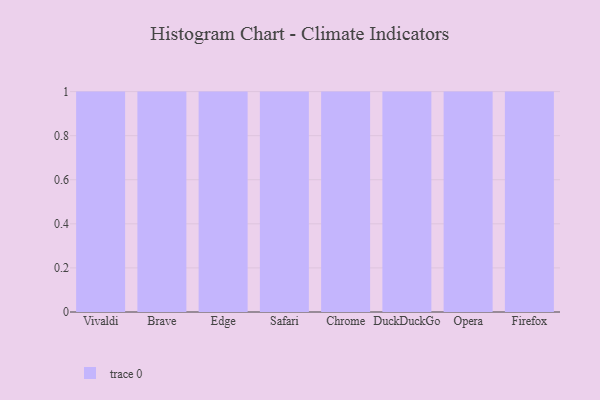
{"axis": {"x": "Browser", "y": "Shipments"}, "legend": [""], "data": [{"x": "Vivaldi", "y": 11, "type": ""}, {"x": "Brave", "y": 76, "type": ""}, {"x": "Edge", "y": 33, "type": ""}, {"x": "Safari", "y": 71, "type": ""}, {"x": "Chrome", "y": 45, "type": ""}, {"x": "DuckDuckGo", "y": 19, "type": ""}, {"x": "Opera", "y": 80, "type": ""}, {"x": "Firefox", "y": 57, "type": ""}]}